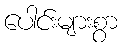
ပေါင်းများစွာ